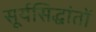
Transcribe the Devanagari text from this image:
सूर्यसिद्धांतों